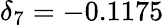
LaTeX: \delta_{7}=-0.1175